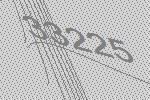
33225